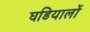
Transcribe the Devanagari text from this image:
घडियालों